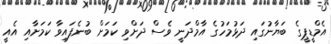
އެމްޑީޕީގެ ބަޔާނުގައި ދަޅުމަހުގެ އާމްދަނީ ވެސް ދަށްވި ކަމަށް ބުނެފައިވާ ކަމަށާއި އެއީ